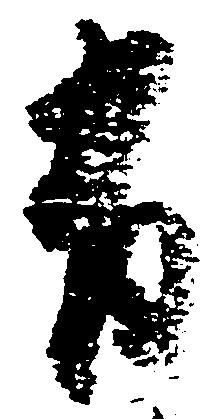
有